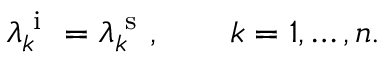
\lambda _ { k } ^ { \mathrm { ~ i ~ } } = \lambda _ { k } ^ { \mathrm { ~ s ~ } } , \qquad k = 1 , \ldots , n .